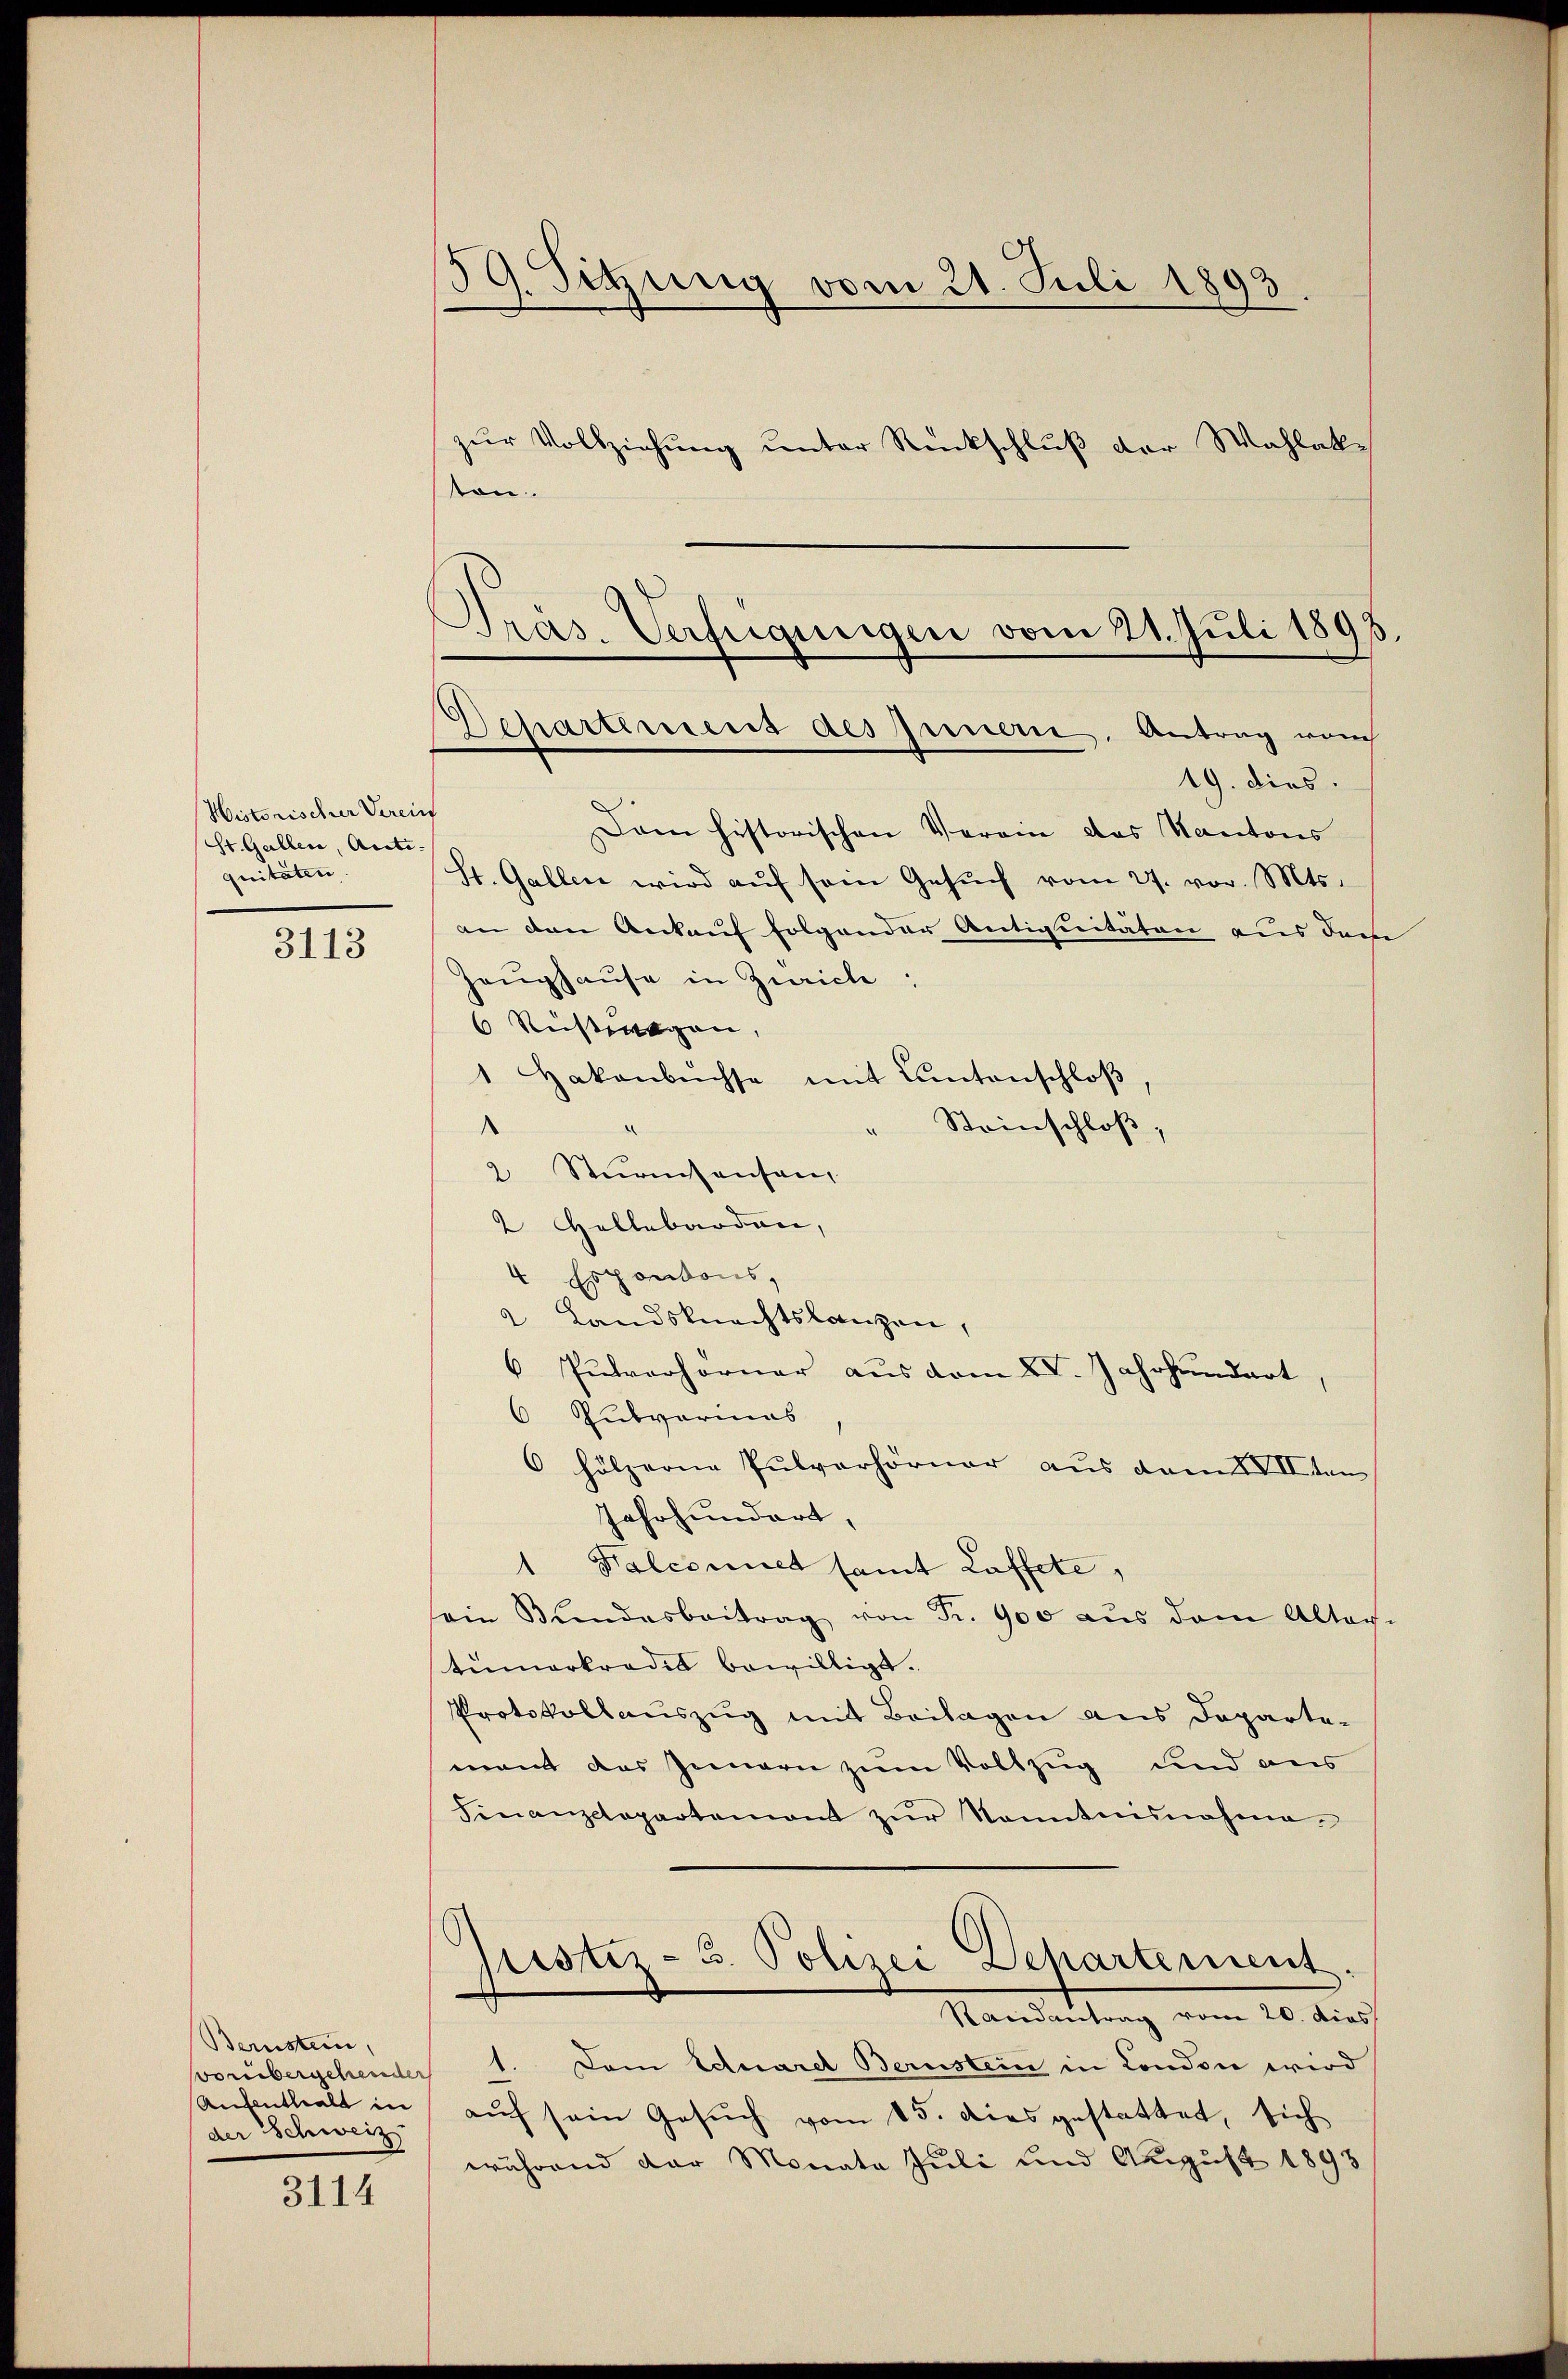
Historischer Verein
St. Gallen, Anti.
quitäten.

3113

Bernsten,
Aufenthalt in
der Schweiz

3114

59. Sitzung vom 21. Juli 1893.
zur Vollziehung unter Rückschluß der Wahlake
r

.

Präs. Verfügungen vom 21. Juli 1893.
Departemens des Innern, Antrag von
19. dies.

Dann historischen Verein das Kantons
St. Gallen wird aŭf sein Gesŭch vom 27. vor. Mts.
an den Ankauf folgender Antiquitäten aus dem
Heughause in Zürich:
6 Rustwagen,
1 Hakenbüchse mit Cantonschloß,
Steinschloß,
.
.
2 Sturmsensang
2 Hellebarden,
4 Espantons,
2 Landsknechtslanzen,
6 Pulverhörner aus dem XV. Jahrhundert,
6 Rubvarinas
 hölzerne Pulverhörner aus dem VII ten
Jahrhundert,
Kalcomit samt Laffete,
d
sein Bŭndesbeitrag von Fr. 900 aŭs dem Alter-
tümarkredit bewilligt.
Protokollauszug mit Beilagen aus Departemant das Innern zum Vollzug und aus
Finanzcopartemont zŭr Nonntnisnahme.
ptistiz- 3. Polizei Departement.
Randantrag vom 20. dies
vorübergehender 1. Dem Eduarel Bernstein in London wird
auf sein Gesuch vom 15. dies gestattet, sich
während der Monata Juli und August 1893